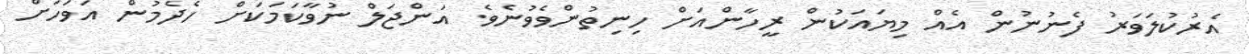
އެރުކުލަވަރު ފެނުނުން އެއް މިޔައަކުން ރީހާންއަށް ހިނިތުންވެވުނެވެ. އަންޖަލް ނުވާކަމަކަށް ހެދެމުން އަވަހަށް